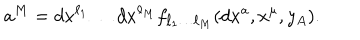
a ^ { M } = d x ^ { \ell _ { 1 } } \dots d x ^ { \ell _ { M } } f _ { \ell _ { 1 } \dots \ell _ { M } } ( d x ^ { a } , x ^ { \mu } , y _ { A } ) .